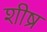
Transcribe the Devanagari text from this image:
शीष्र